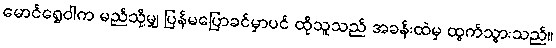
မောင်ရွှေဝါက မည်သို့မျှ ပြန်မပြောခင်မှာပင် ထိုသူသည် အခန်းထဲမှ ထွက်သွားသည်။